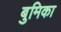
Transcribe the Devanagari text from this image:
बुमिका